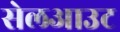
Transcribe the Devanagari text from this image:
सेलआउट